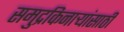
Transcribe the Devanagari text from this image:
समुद्रकिनार्‍यांसाठी